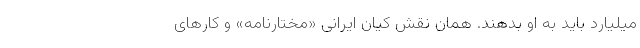
میلیارد باید به او بدهند. همان نقش کیان ایرانی «مختارنامه» و کارهای